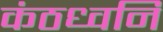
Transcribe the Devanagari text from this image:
कंठध्वनि